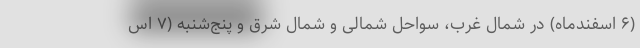
(۶ اسفندماه) در شمال غرب، سواحل شمالی و شمال شرق و پنج‌شنبه (۷ اس